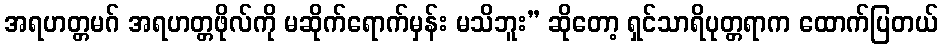
အရဟတ္တမဂ် အရဟတ္တဖိုလ်ကို မဆိုက်ရောက်မှန်း မသိဘူး” ဆိုတော့ ရှင်သာရိပုတ္တရာက ထောက်ပြတယ်